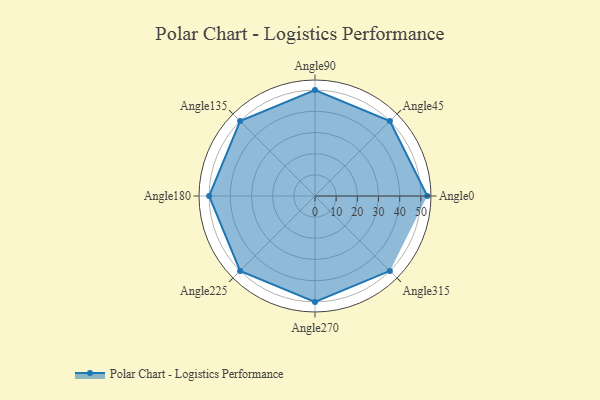
{"axis": {"x": "Angle", "y": "Radius"}, "legend": [""], "data": [{"x": "Angle0", "y": 53.0, "type": ""}, {"x": "Angle45", "y": 50, "type": ""}, {"x": "Angle90", "y": 50, "type": ""}, {"x": "Angle135", "y": 50, "type": ""}, {"x": "Angle180", "y": 50, "type": ""}, {"x": "Angle225", "y": 50, "type": ""}, {"x": "Angle270", "y": 50, "type": ""}, {"x": "Angle315", "y": 50, "type": ""}]}